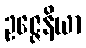
ဥဇ္ဇေနိယာ